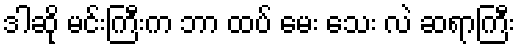
ဒါဆို မင်းကြီးက ဘာ ထပ် မေး သေး လဲ ဆရာကြီး